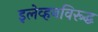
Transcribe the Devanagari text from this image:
इलेव्हनविरूद्ध